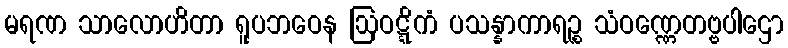
မရဏ သာလောဟိတာ ရူပဘဝေန ဩဝဋ္ဋိကံ ပသန္နာကာရဉ္စ သံဝဏ္ဏေတဗ္ဗပါဌော